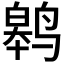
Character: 𬸢